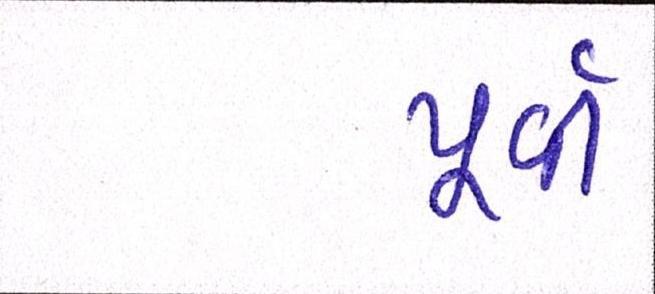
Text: પૂર્વી